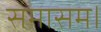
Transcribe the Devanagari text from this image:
समासम।